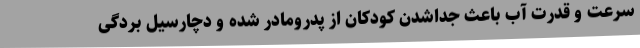
سرعت و قدرت آب باعث جداشدن کودکان از پدرومادر شده و دچارسیل بردگی